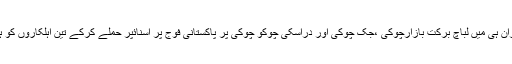
ضلع آواران ہی میں لباچ برکت بازارچوکی ،جک چوکی اور دراسکی چوکو چوکی پر پاکستانی فوج پر اسنائپر حملے کرکے تین اہلکاروں کو ہلاک کیا۔